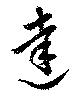
達